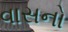
વાસનો